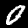
Digit: 0